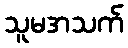
သူမအသက်